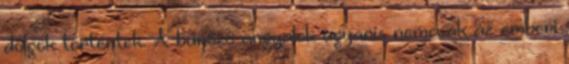
dolgok történtek. A bűnöző angyalok ugyanis nemcsak az emberi